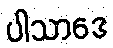
ပါသာဒေ